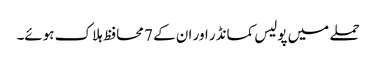
حملے میں پولیس کمانڈر اور ان کے 7 محافظ ہلاک ہوئے۔